Vaccine operations Central Provinces 1900-1911 - 1900-1911
Year: 1900
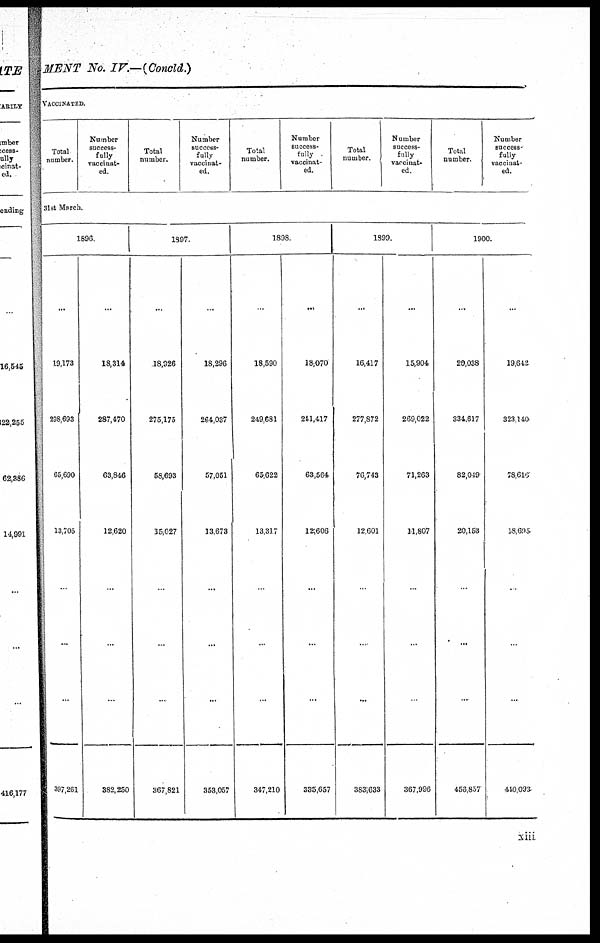
MENT No. IV—(Concld.)
VACCINATED.
Total
number.
Number
success-
fully
vaccinat-
ed.
Total
number.
Number
success-
fully
vaccinat-
ed.
Total
number.
Number
success-
fully
vaccinat-
ed.
Total
number.
Number
success-
fully
vaccinat-
ed.
Total
number.
Number
success-
fully
vaccinat-
ed.
31st March.
1896
...
19,173
298,693
65,690
13,705
...
...
...
397,261
...
18,314
287,470
63,846
12,620
...
...
...
382,250
1897.
...
18,926
275,175
58,693
15,027
..
...
...
367,821
...
18,296
264,037
57,051
13,673
...
...
...
353,057
1898.
...
18,590
249,681
65,622
13,317
...
...
...
347,210
...
18,070
241,417
63,564
12,606
...
...
...
335,657
1899.
...
16,417
277,872
76,743
12,601
...
...
...
383,633
...
15,904
269,022
71,263
11,807
...
...
..
367,996
1900.
...
20,038
334,617
82,049
20,153
...
...
...
456,857
...
19,642
323,140
78,616
18,695
...
...
...
440,093
xiii